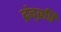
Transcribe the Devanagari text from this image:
द्रंद्व्रत्ति